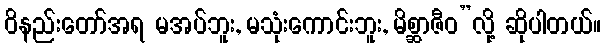
ဝိနည်းတော်အရ မအပ်ဘူး, မသုံးကောင်းဘူး, မိစ္ဆာဇီဝ”လို့ ဆိုပါတယ်။